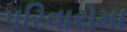
પરિવારોમા